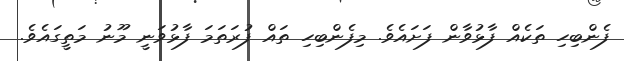
ފެންބިހި ތަކެއް ފާޅުވާން ފަށައެވެ. މިފެންބިހި ތައް ފުރަތަމަ ފާޅުވަނީ މޫނު މަތީގައެވެ.